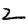
Digit: 2